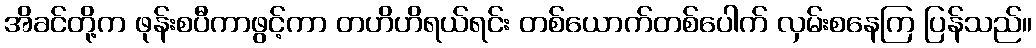
အိခင်တို့က ဖုန်းစပီကာဖွင့်ကာ တဟိဟိရယ်ရင်း တစ်ယောက်တစ်ပေါက် လှမ်းစနေကြ ပြန်သည်။